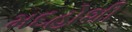
મદહોશી